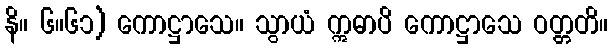
နိ။ ၆။၆၁) ကောဋ္ဌာသေ။ သွာယံ ဣဓာပိ ကောဋ္ဌာသေ ဝတ္တတိ။